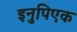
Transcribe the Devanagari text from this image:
इनुपिएक